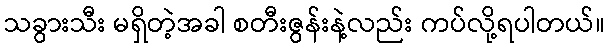
သခွားသီး မရှိတဲ့အခါ စတီးဇွန်းနဲ့လည်း ကပ်လို့ရပါတယ်။